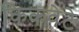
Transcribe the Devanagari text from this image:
किकवेटे